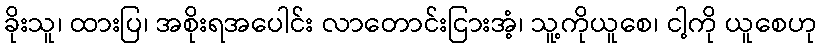
ခိုးသူ၊ ထားပြ၊ အစိုးရအပေါင်း လာတောင်းငြားအံ့၊ သူ့ကိုယူစေ၊ ငါ့ကို ယူစေဟု